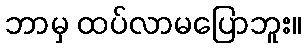
ဘာမှ ထပ်လာမပြောဘူး။